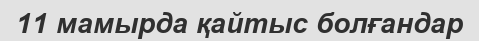
11 мамырда қайтыс болғандар